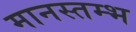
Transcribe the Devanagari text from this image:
मानस्तम्भ